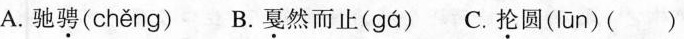
A.驰骋( chěng ) B.戛然而止( gá ) C.抡圆( lūn )( )